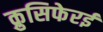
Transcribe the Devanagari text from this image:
क्रुसिफेरई